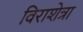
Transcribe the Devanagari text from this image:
विराशेत्रा